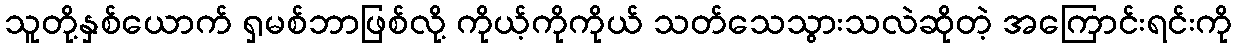
သူတို့နှစ်ယောက် ရှမစ်ဘာဖြစ်လို့ ကိုယ့်ကိုကိုယ် သတ်သေသွားသလဲဆိုတဲ့ အကြောင်းရင်းကို